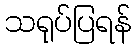
သရုပ်ပြရန်